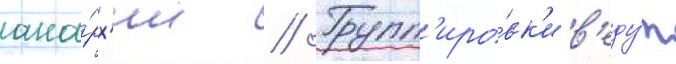
ана́рх'ии // Групп'иро́вк'и в'еду́т